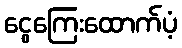
ငွေကြေးထောက်ပံ့